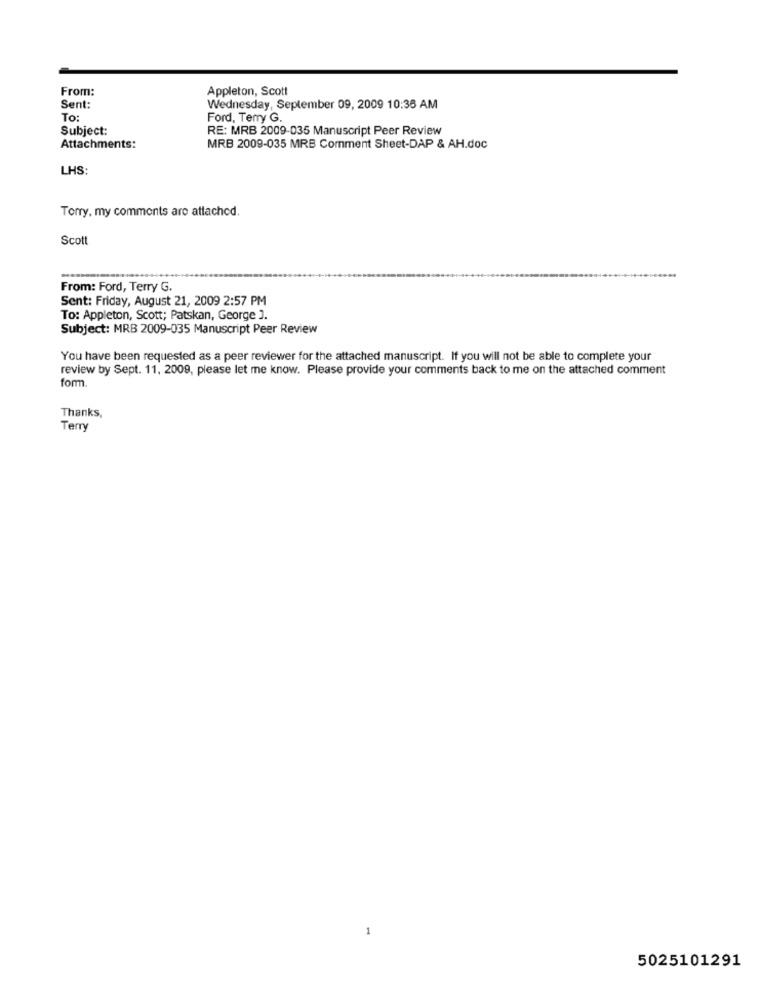
From:
Appleton, Scott
Sent:
Wednesday, September 09, 2009 10:35 AM
To:
Ford, Terry G.
Subject:
RE: MRB 2009-035 Manuscript Peer Review
Attachments:
MRB 2009-035 MRB Comment Sheet-DAP & AH.doc
LHS:
Torry, my comments are attached.
Scott
From: Ford, Terry G.
Sent: Friday, August 21, 2009 2:57 PM
To: Appleton, Scott; Patskan, George ].
Subject: MRB 2009-035 Manuscript Peer Review
You have been requested as a peer reviewer for the attached manuscript. If you will not be able to complete your
review by Sept. 11, 2009, please let me know. Please provide your comments back to me on the attached comment
form.
Thanks,
Terry
5025101291